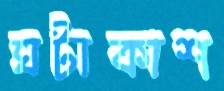
ঘটাকাশ